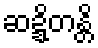
ဆဍ္ဍိတန္တိ